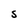
Character: S